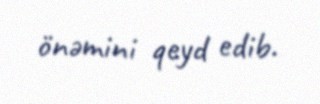
önəmini qeyd edib.